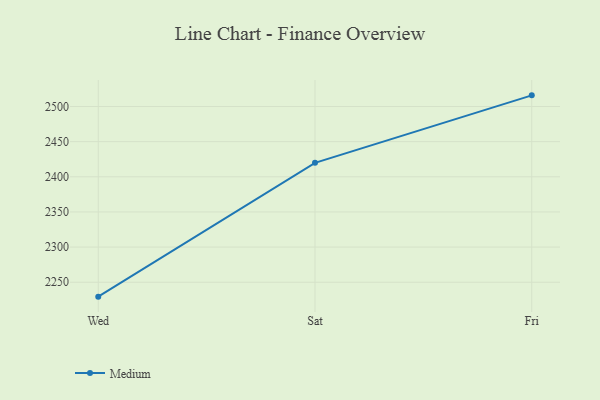
{"axis": {"x": "Day", "y": "Demand Index"}, "legend": ["Medium"], "data": [{"x": "Wed", "y": 2229.5, "type": "Medium"}, {"x": "Sat", "y": 2419.9, "type": "Medium"}, {"x": "Fri", "y": 2515.9, "type": "Medium"}]}